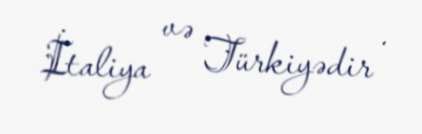
İtaliya və Türkiyədir .